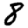
Digit: 8